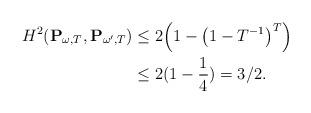
LaTeX: \begin{align*} H^2(\mathbf{P}_{\omega,T} , \mathbf{P}_{\omega',T})&\leq 2\Big(1 - \big(1 - T^{-1}\big)^T\Big)\\&\leq2(1-\frac{1}{ 4})= 3/2.\end{align*}